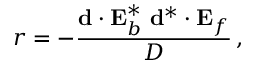
r = - \frac { \mathbf { d } \cdot \mathbf { E } _ { b } ^ { * } \, \, \mathbf { d } ^ { * } \cdot \mathbf { E } _ { f } } { D } \, ,